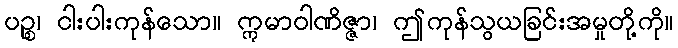
ပဉ္စ၊ ငါးပါးကုန်သော။ ဣမာဝါဏိဇ္ဇာ၊ ဤကုန်သွယခြင်းအမှုတို့ကို။